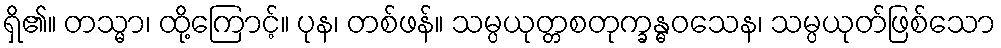
ရှိ၏။ တသ္မာ၊ ထို့ကြောင့်။ ပုန၊ တစ်ဖန်။ သမ္ပယုတ္တစတုက္ခန္ဓဝသေန၊ သမ္ပယုတ်ဖြစ်သော